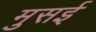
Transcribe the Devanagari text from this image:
मुसई